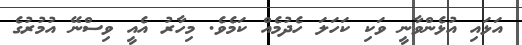
އަޅައި އުޅެންވާނީ ވަކި ކަހަލަ ހެދުމެއް ކަމެވެ. މިހާރު އެއީ ވިސްނޭ އުމުރުގެ